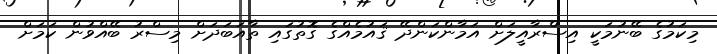
މިކަމުގެ ބޭނުމަކީ އިސްރާއީލަށް އަމާންކަންދޭ ޤައުމެއްގެ ގޮތުގައި ތާއަބަދަށް މިސްރު ބޭއްވުން ކަމަށް